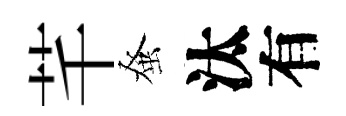
芊𫊫汰有